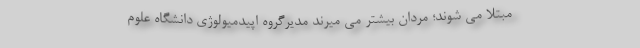
مبتلا می شوند؛ مردان بیشتر می میرند مدیرگروه اپیدمیولوژی دانشگاه علوم